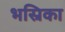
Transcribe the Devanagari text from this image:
भस्रिका